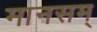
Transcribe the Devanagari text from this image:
मानसम्